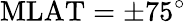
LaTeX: \mathrm{MLAT}=\pm 75^{\circ}